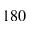
1 8 0